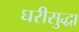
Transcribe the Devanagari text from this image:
घरीसुद्धा